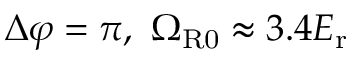
\Delta \varphi = \pi , ~ \Omega _ { \mathrm { { R 0 } } } \approx 3 . 4 E _ { \mathrm { { r } } }